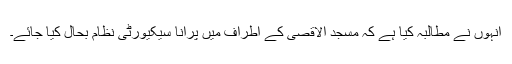
انہوں نے مطالبہ کیا ہے کہ مسجد الاقصی کے اطراف میں پرانا سیکیورٹی نظام بحال کیا جائے۔